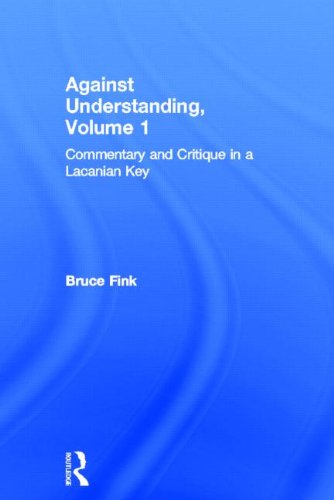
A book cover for Against Understanding, Volume 1: Commentary and Critique in a Lacanian Key; Bruce Fink; Medical Books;